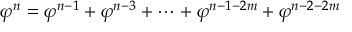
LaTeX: \! \ \varphi ^ { n } = \varphi ^ { n - 1 } + \varphi ^ { n - 3 } + \cdots + \varphi ^ { n - 1 - 2 m } + \varphi ^ { n - 2 - 2 m }